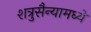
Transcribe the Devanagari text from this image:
शत्रुसैन्यामध्ये